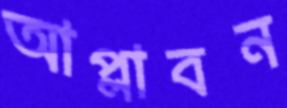
আপ্লাবন